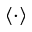
\langle \cdot \rangle